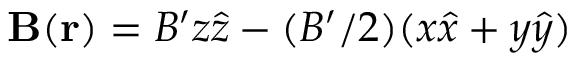
\mathbf { B } ( \mathbf { r } ) = B ^ { \prime } z \hat { z } - ( B ^ { \prime } / 2 ) ( x \hat { x } + y \hat { y } )